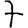
Digit: 7